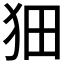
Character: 𤝗